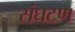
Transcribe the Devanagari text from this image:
संघटण